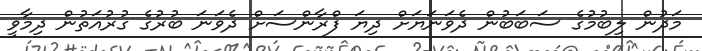
މަދުން ލިބުމުގެ ސަބަބުން ދެވަނަޔަށް ދިޔަ ފްރާންސަށް ދެވަނަ ބުރުގެ ގުރުއަތުން ދިމާވީ